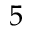
5